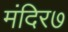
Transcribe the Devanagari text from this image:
मंदिर७